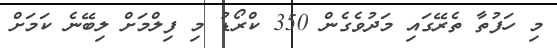
މި ހަފުތާ ތެރޭގައި މަދުވެގެން 350 ކްރޯޑު މި ފިލްމަށް ލިބޭނެ ކަމަށް